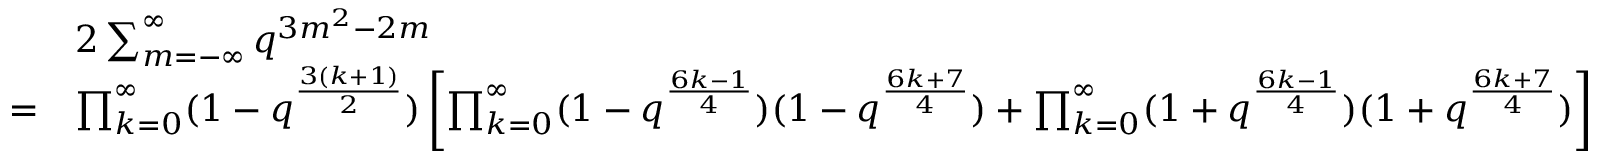
\begin{array} { r l } & { 2 \sum _ { m = - \infty } ^ { \infty } q ^ { 3 m ^ { 2 } - 2 m } } \\ { = } & { \prod _ { k = 0 } ^ { \infty } ( 1 - q ^ { \frac { 3 ( k + 1 ) } { 2 } } ) \left[ \prod _ { k = 0 } ^ { \infty } ( 1 - q ^ { \frac { 6 k - 1 } { 4 } } ) ( 1 - q ^ { \frac { 6 k + 7 } { 4 } } ) + \prod _ { k = 0 } ^ { \infty } ( 1 + q ^ { \frac { 6 k - 1 } { 4 } } ) ( 1 + q ^ { \frac { 6 k + 7 } { 4 } } ) \right] } \end{array}